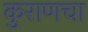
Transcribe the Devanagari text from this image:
कुराणचा